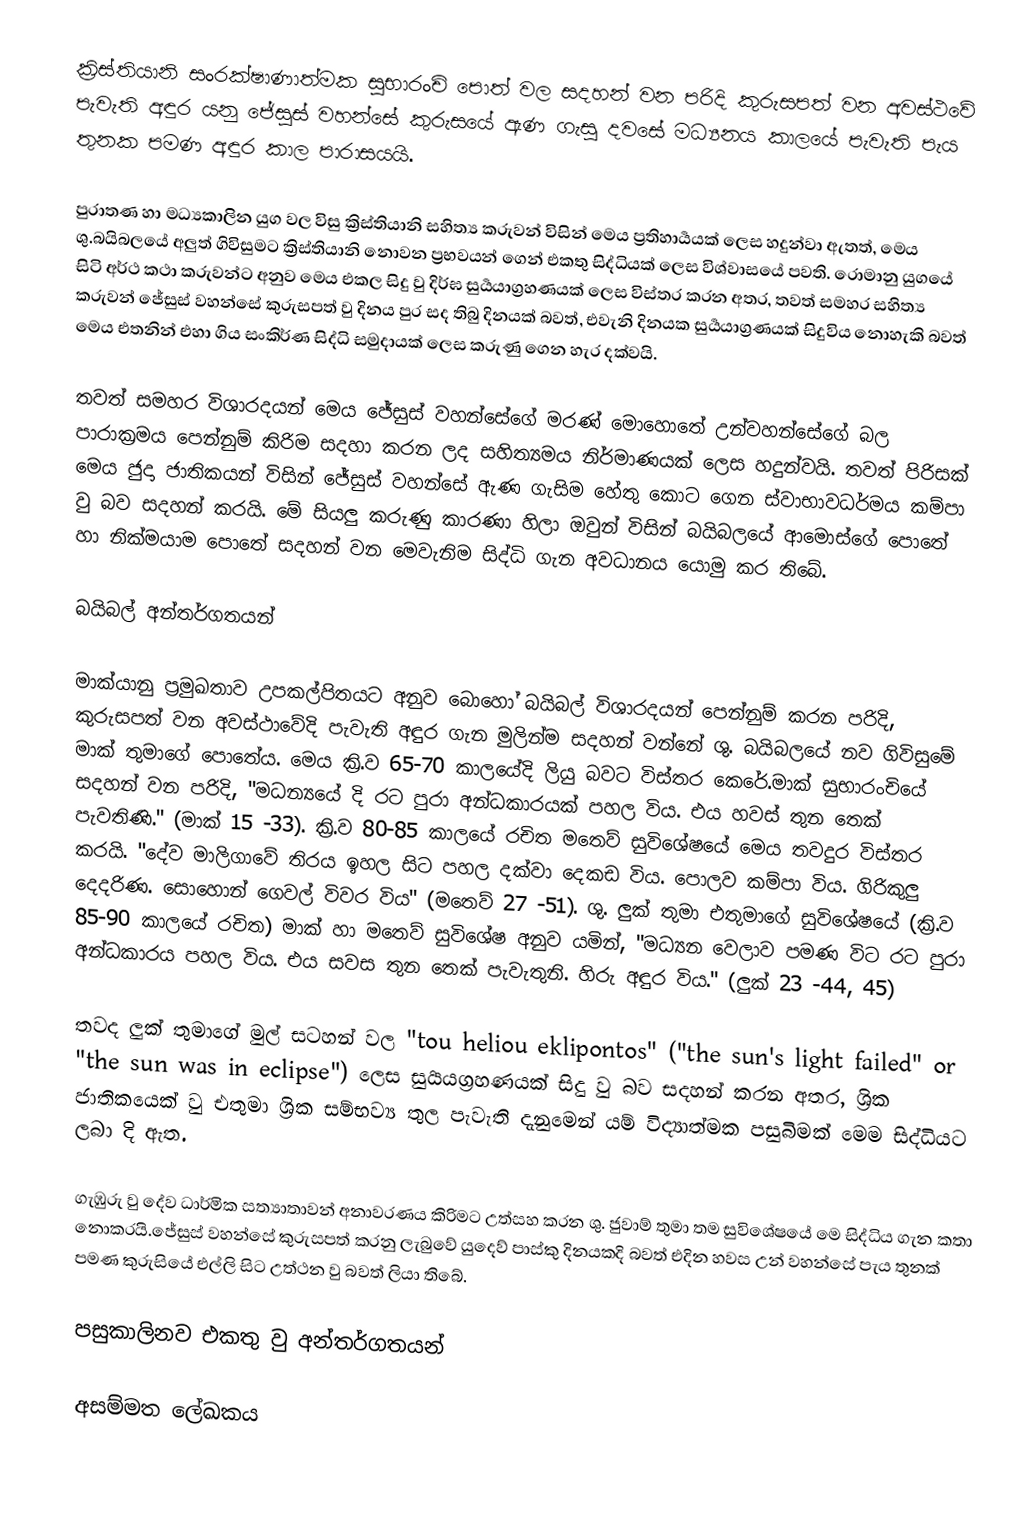
ක්‍රිස්තියානි සංරක්ෂාණාත්මක සුභාරංචි පොත් වල සදහන් වන පරිදි කුරුසපත් වන අවස්ථවේ පැවැති අඳුර  යනු ජේසුස් වහන්සේ කුරුසයේ ඇණ ගැසු දවසේ මධ්‍යනය කාලයේ පැවැති පැය තුනක පමණ අඳුර කාල පාරාසයයි.

පුරාතණ හා මධ්‍යකාලින යුග වල විසු  ක්‍රිස්තියානි සහිත්‍ය කරුවන් විසින් මෙය ප්‍රතිහාර්‍යයක් ලෙස හදුන්වා ඇතත්, මෙය ශු.බයිබලයේ අලුත් ගිවිසුමට ක්‍රිස්තියානි නොවන ප්‍රභවයන් ගෙන් එකතු සිද්ධියක් ලෙස විශ්වාසයේ පවති. රොමානු යුගයේ සිටි අර්ථ කථා කරුවන්ට අනුව මෙය එකල සිදු වු දිර්ඝ සුර්‍යයාග්‍රහණයක් ලෙස විස්තර කරන අතර,  තවත් සමහර සහිත්‍ය කරුවන් ජේසුස් වහන්සේ කුරුසපත් වු දිනය  පුර සද  තිබු දිනයක් බවත්, එවැනි දිනයක සුර්‍යයාග්‍රණයක් සිදුවිය නොහැකි බවත් මෙය එතනින් එහා ගිය සංකිර්ණ සිද්ධි සමුදායක් ලෙස කරුණු ගෙන හැර දක්වයි.

තවත් සමහර විශාරදයන් මෙය ජේසුස් වහන්සේගේ මරණ් මොහොතේ උන්වහන්සේගේ  බල පාරාක්‍රමය පෙන්නුම් කිරිම සදහා කරන ලද සහිත්‍යමය නිර්මාණයක් ලෙස හදුන්වයි. තවත් පිරිසක් මෙය ජුදා ජාතිකයන් විසින් ජේසුස් වහන්සේ ඇණ ගැසිම හේතු කොට ගෙන ස්වාභාවධර්මය කම්පා වු බව  සදහන් කරයි. මේ සියලු කරුණු කාරණා හිලා ඔවුන් විසින් බයිබලයේ ආමොස්ගේ පොතේ හා නික්මයාම පොතේ සදහන් වන මෙවැනිම සිද්ධි ගැන අවධානය යොමු කර තිබේ.

බයිබල් අන්තර්ගතයන්

මාක්යානු ප්‍රමුඛතාව උපකල්පිතයට අනුව බොහෝ බයිබල් විශාරදයන් පෙන්නුම් කරන පරිදි, කුරුසපත් වන අවස්ථාවේදි පැවැති අඳුර ගැන මුලින්ම සදහන් වන්නේ ශු. බයිබලයේ නව ගිවිසුමේ මාක් තුමාගේ පොතේය. මෙය ක්‍රි.ව 65-70 කාලයේදි ලියු බවට විස්තර කෙරේ.මාක් සුභාරංචියේ සදහන් වන පරිදි, "මධන්‍යයේ දි රට පුරා අන්ධකාරයක් පහල විය. එය හවස් තුන තෙක් පැවතිණි."  (මාක් 15 -33).   ක්‍රි.ව 80-85 කාලයේ රචිත මතෙව් සුවිශේෂයේ මෙය තවදුර විස්තර කරයි. "දේව මාලිගාවේ තිරය ඉහල සිට පහල දක්වා දෙකඩ විය. පොලව කම්පා විය. ගිරිකුලු දෙදරිණ. සොහොන් ගෙවල් විවර විය" (මතෙව් 27 -51). ශු. ලුක් තුමා එතුමාගේ සුවිශේෂයේ (ක්‍රි.ව 85-90 කාලයේ රචිත) මාක් හා මතෙව් සුවිශේෂ අනුව යමින්, "මධ්‍යන වෙලාව පමණ විට රට පුරා අන්ධකාරය පහල විය. එය සවස තුන තෙක් පැවැතුනි. හිරු අඳුර විය." (ලුක් 23 -44, 45)

තවද ලුක් තුමාගේ මුල් සටහන් වල  "tou heliou eklipontos" ("the sun's light failed" or "the sun was in eclipse") ලෙස  සුර්‍යයග්‍රහණයක් සිදු වු බව සදහන් කරන අතර, ශ්‍රික ජාතිකයෙක් වු එතුමා  ශ්‍රික  සම්භව්‍ය තුල පැවැති දැනුමෙන් යම් විද්‍යාත්මක පසුබිමක් මෙම සිද්ධියට ලබා දි ඇත.

ගැඹුරු වු දේව ධාර්මික සත්‍යාතාවන් අනාවරණය කිරිමට උත්සහ කරන ශු. ජුවාම් තුමා තම සුවිශේෂයේ මෙ සිද්ධිය ගැන කතා නොකරයි.ජේසුස් වහන්සේ කුරුසපත් කරනු ලැබුවේ යුදෙව් පාස්කු දිනයකදි බවත් එදින හවස උන් වහන්සේ පැය  තුනක් පමණ කුරුසියේ එල්ලි සිට උත්ථන වු  බවත්  ලියා තිබේ.

පසුකාලිනව එකතු වු අන්තර්ගතයන්

අසම්මත ලේඛකය